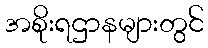
အစိုးရဌာနများတွင်